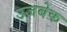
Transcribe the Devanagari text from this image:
उजबेक